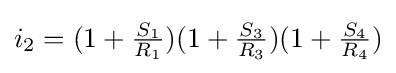
i_{2}=(1+{\tfrac {S_{1}}{R_{1}}})(1+{\tfrac {S_{3}}{R_{3}}})(1+{\tfrac {S_{4}}{R_{4}}})